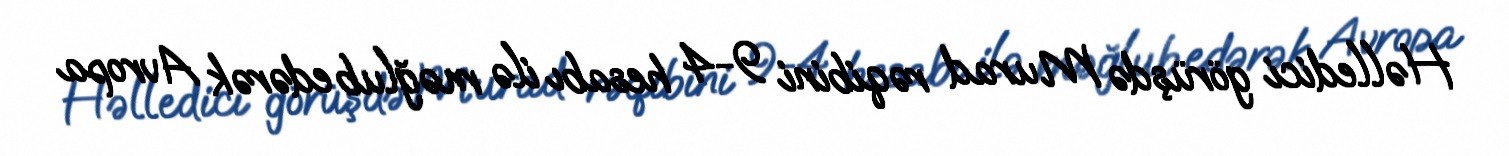
Həlledici görüşdə Murad rəqibini 9-4 hesabı ilə məğlub edərək Avropa